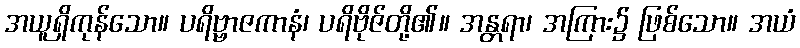
အယူရှိကုန်သော။ ပရိဗ္ဗာဇကာနံ၊ ပရိဗိုဇ်တို့၏။ အန္တရာ၊ အကြား၌ ဖြစ်သော။ အယံ